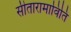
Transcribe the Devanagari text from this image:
सीतारामाविति